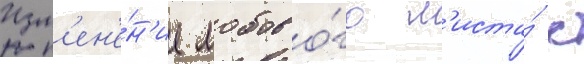
Изм'ен'е́н'ие лобово́го л'иста́ с